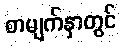
စာမျက်နှာတွင်